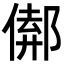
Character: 𨝈